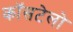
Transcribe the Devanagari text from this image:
कॉसटेलो